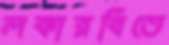
লকারবিতে